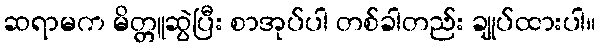
ဆရာမက မိတ္တူဆွဲပြီး စာအုပ်ပါ တစ်ခါတည်း ချုပ်ထားပါ။